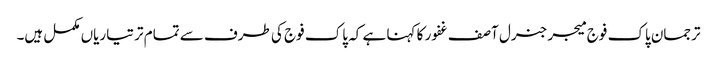
ترجمان پاک فوج میجر جنرل آصف غفور کا کہنا ہے کہ پاک فوج کی طرف سے تمام تر تیاریاں مکمل ہیں۔